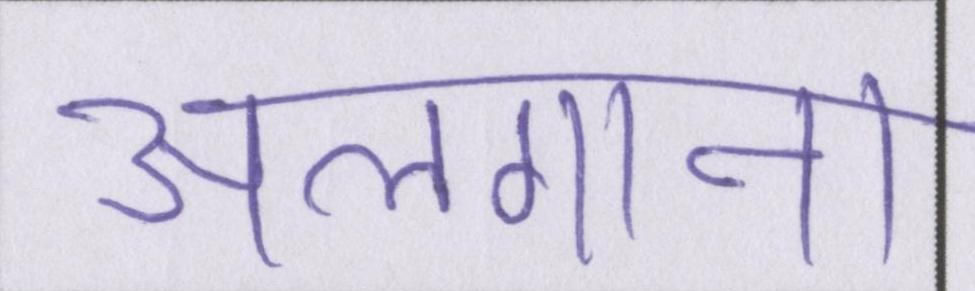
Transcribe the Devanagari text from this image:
अलगाना